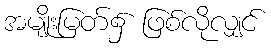
အမျိုးမြတ်၌ ဖြစ်လိုလျှင်